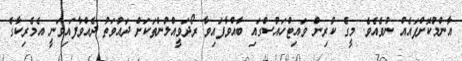
އާންމުކޮށްފައެއް ނުވެއެވެ. މީގެ ކުރިން ވައިޓްހައުސްގައި ބާއްވާފައިވާ ރޯދަވީއްލުންތަކަށް ދައުވަތު ދެއްވާފައިވަނީ އެމެރިކާގެ